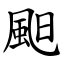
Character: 䫻